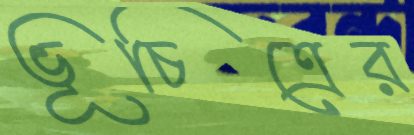
ভূচিত্রের